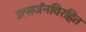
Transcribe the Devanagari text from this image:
उत्सर्जनविरहित